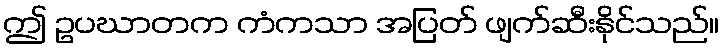
ဤ ဥပဃာတက ကံကသာ အပြတ် ဖျက်ဆီးနိုင်သည်။